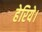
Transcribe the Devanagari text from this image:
हेरिये।